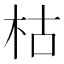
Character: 枯